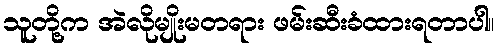
သူတို့က အဲလိုမျိုးမတရား ဖမ်းဆီးခံထားရတာပါ။